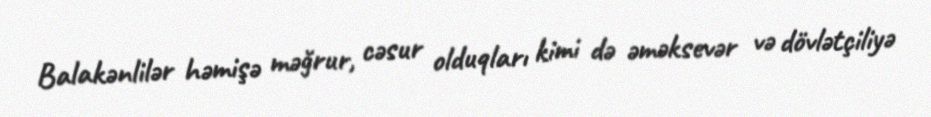
Balakənlilər həmişə məğrur, cəsur olduqları kimi də əməksevər və dövlətçiliyə